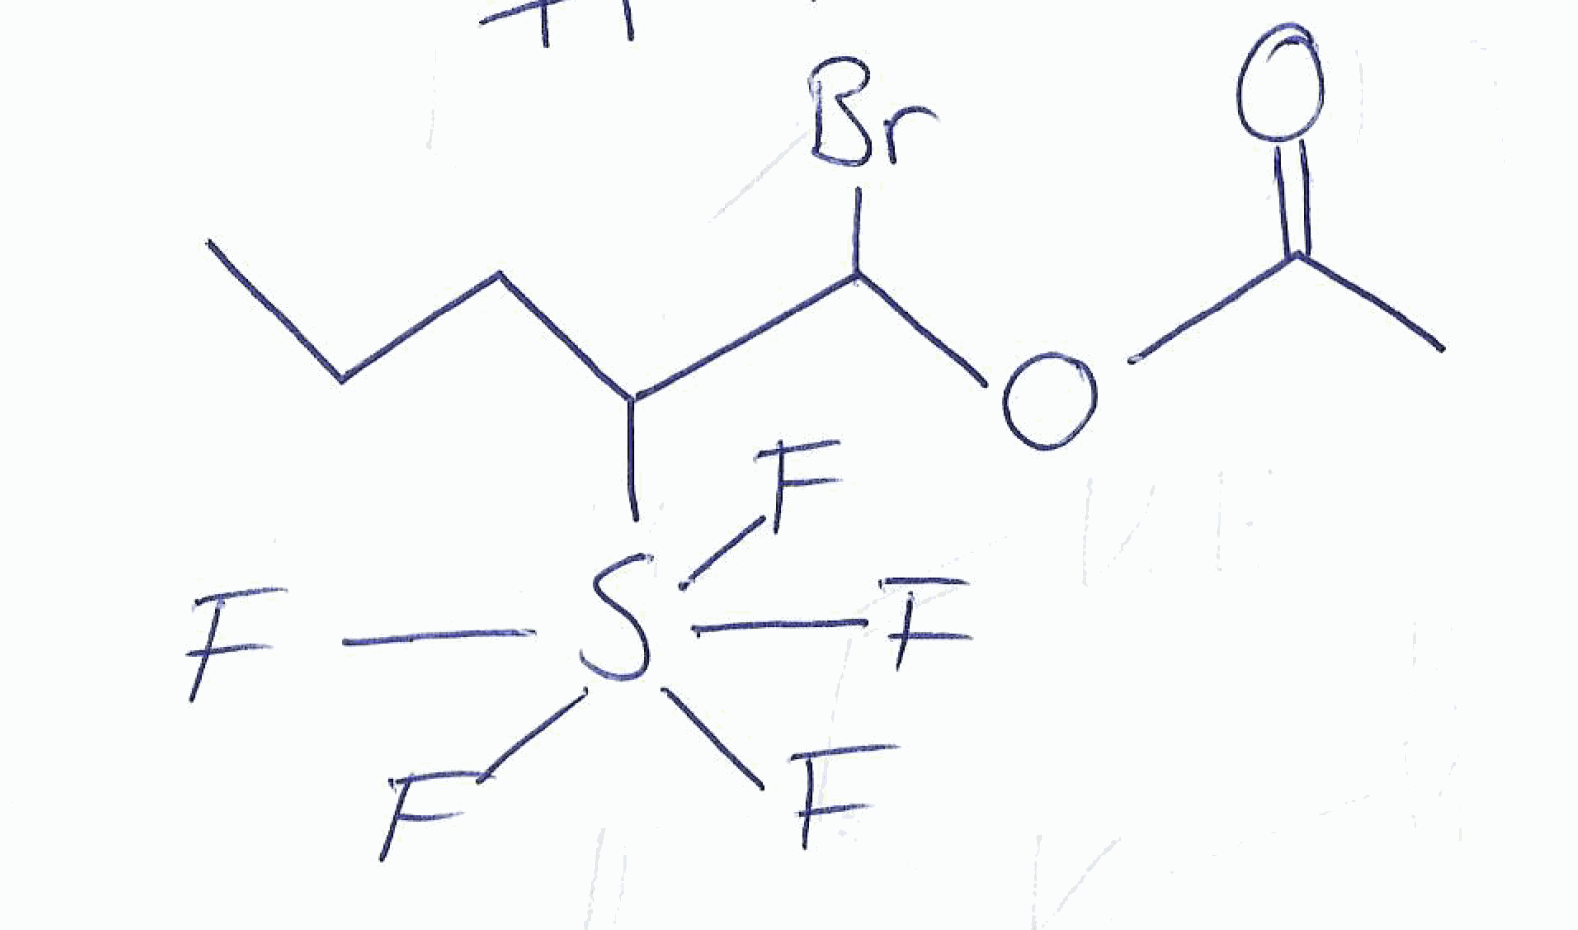
Simplified molecular-input line-entry system (SMILES) notation of the given molecule:
CCCC(C(OC(=O)C)Br)S(F)(F)(F)(F)F